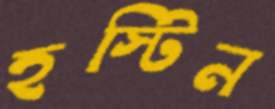
হস্টিন